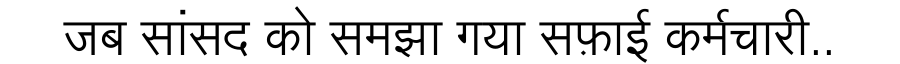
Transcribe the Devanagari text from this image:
जब सांसद को समझा गया सफ़ाई कर्मचारी..